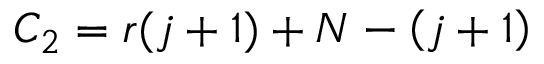
C _ { 2 } = r ( j + 1 ) + N - \left( j + 1 \right)